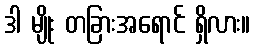
ဒါ မျိုး တခြားအရောင် ရှိလား။